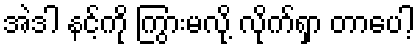
အဲဒါ နင့်ကို ကြွားမလို့ လိုက်ရှာ တာပေါ့